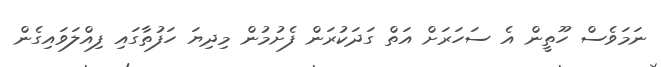
ނަމަވެސް ހޫތީން އެ ސަހަރަށް އަތް ގަދަކުރަން ފެށުމުން މިދިޔަ ހަފުތާގައި ފިއްލަވައިގެން